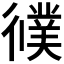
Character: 𢖃